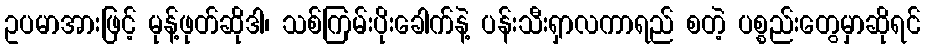
ဥပမာအားဖြင့် မုန့်ဖုတ်ဆိုဒါ၊ သစ်ကြမ်းပိုးခေါက်နဲ့ ပန်းသီးရှာလကာရည် စတဲ့ ပစ္စည်းတွေမှာဆိုရင်